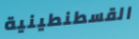
القسطنطينية